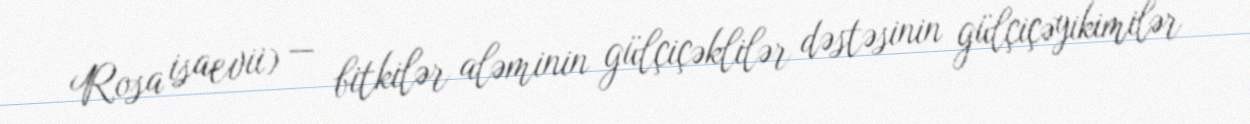
Rosa isaevii) — bitkilər aləminin gülçiçəklilər dəstəsinin gülçiçəyikimilər